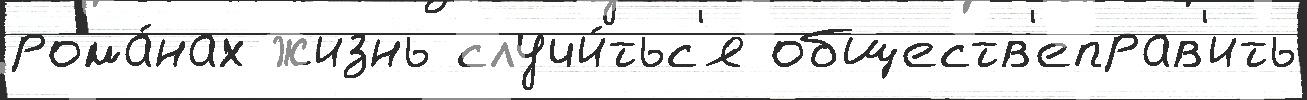
рома́нах жизнь случи́тьс'я обществ'еправ'ить